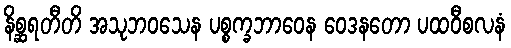
နိစ္ဆရတီတိ အသုဘဝသေန ပစ္စက္ခဘာဝေန ဝေဒနတော ပထဝီစလနံ